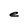
Character: e